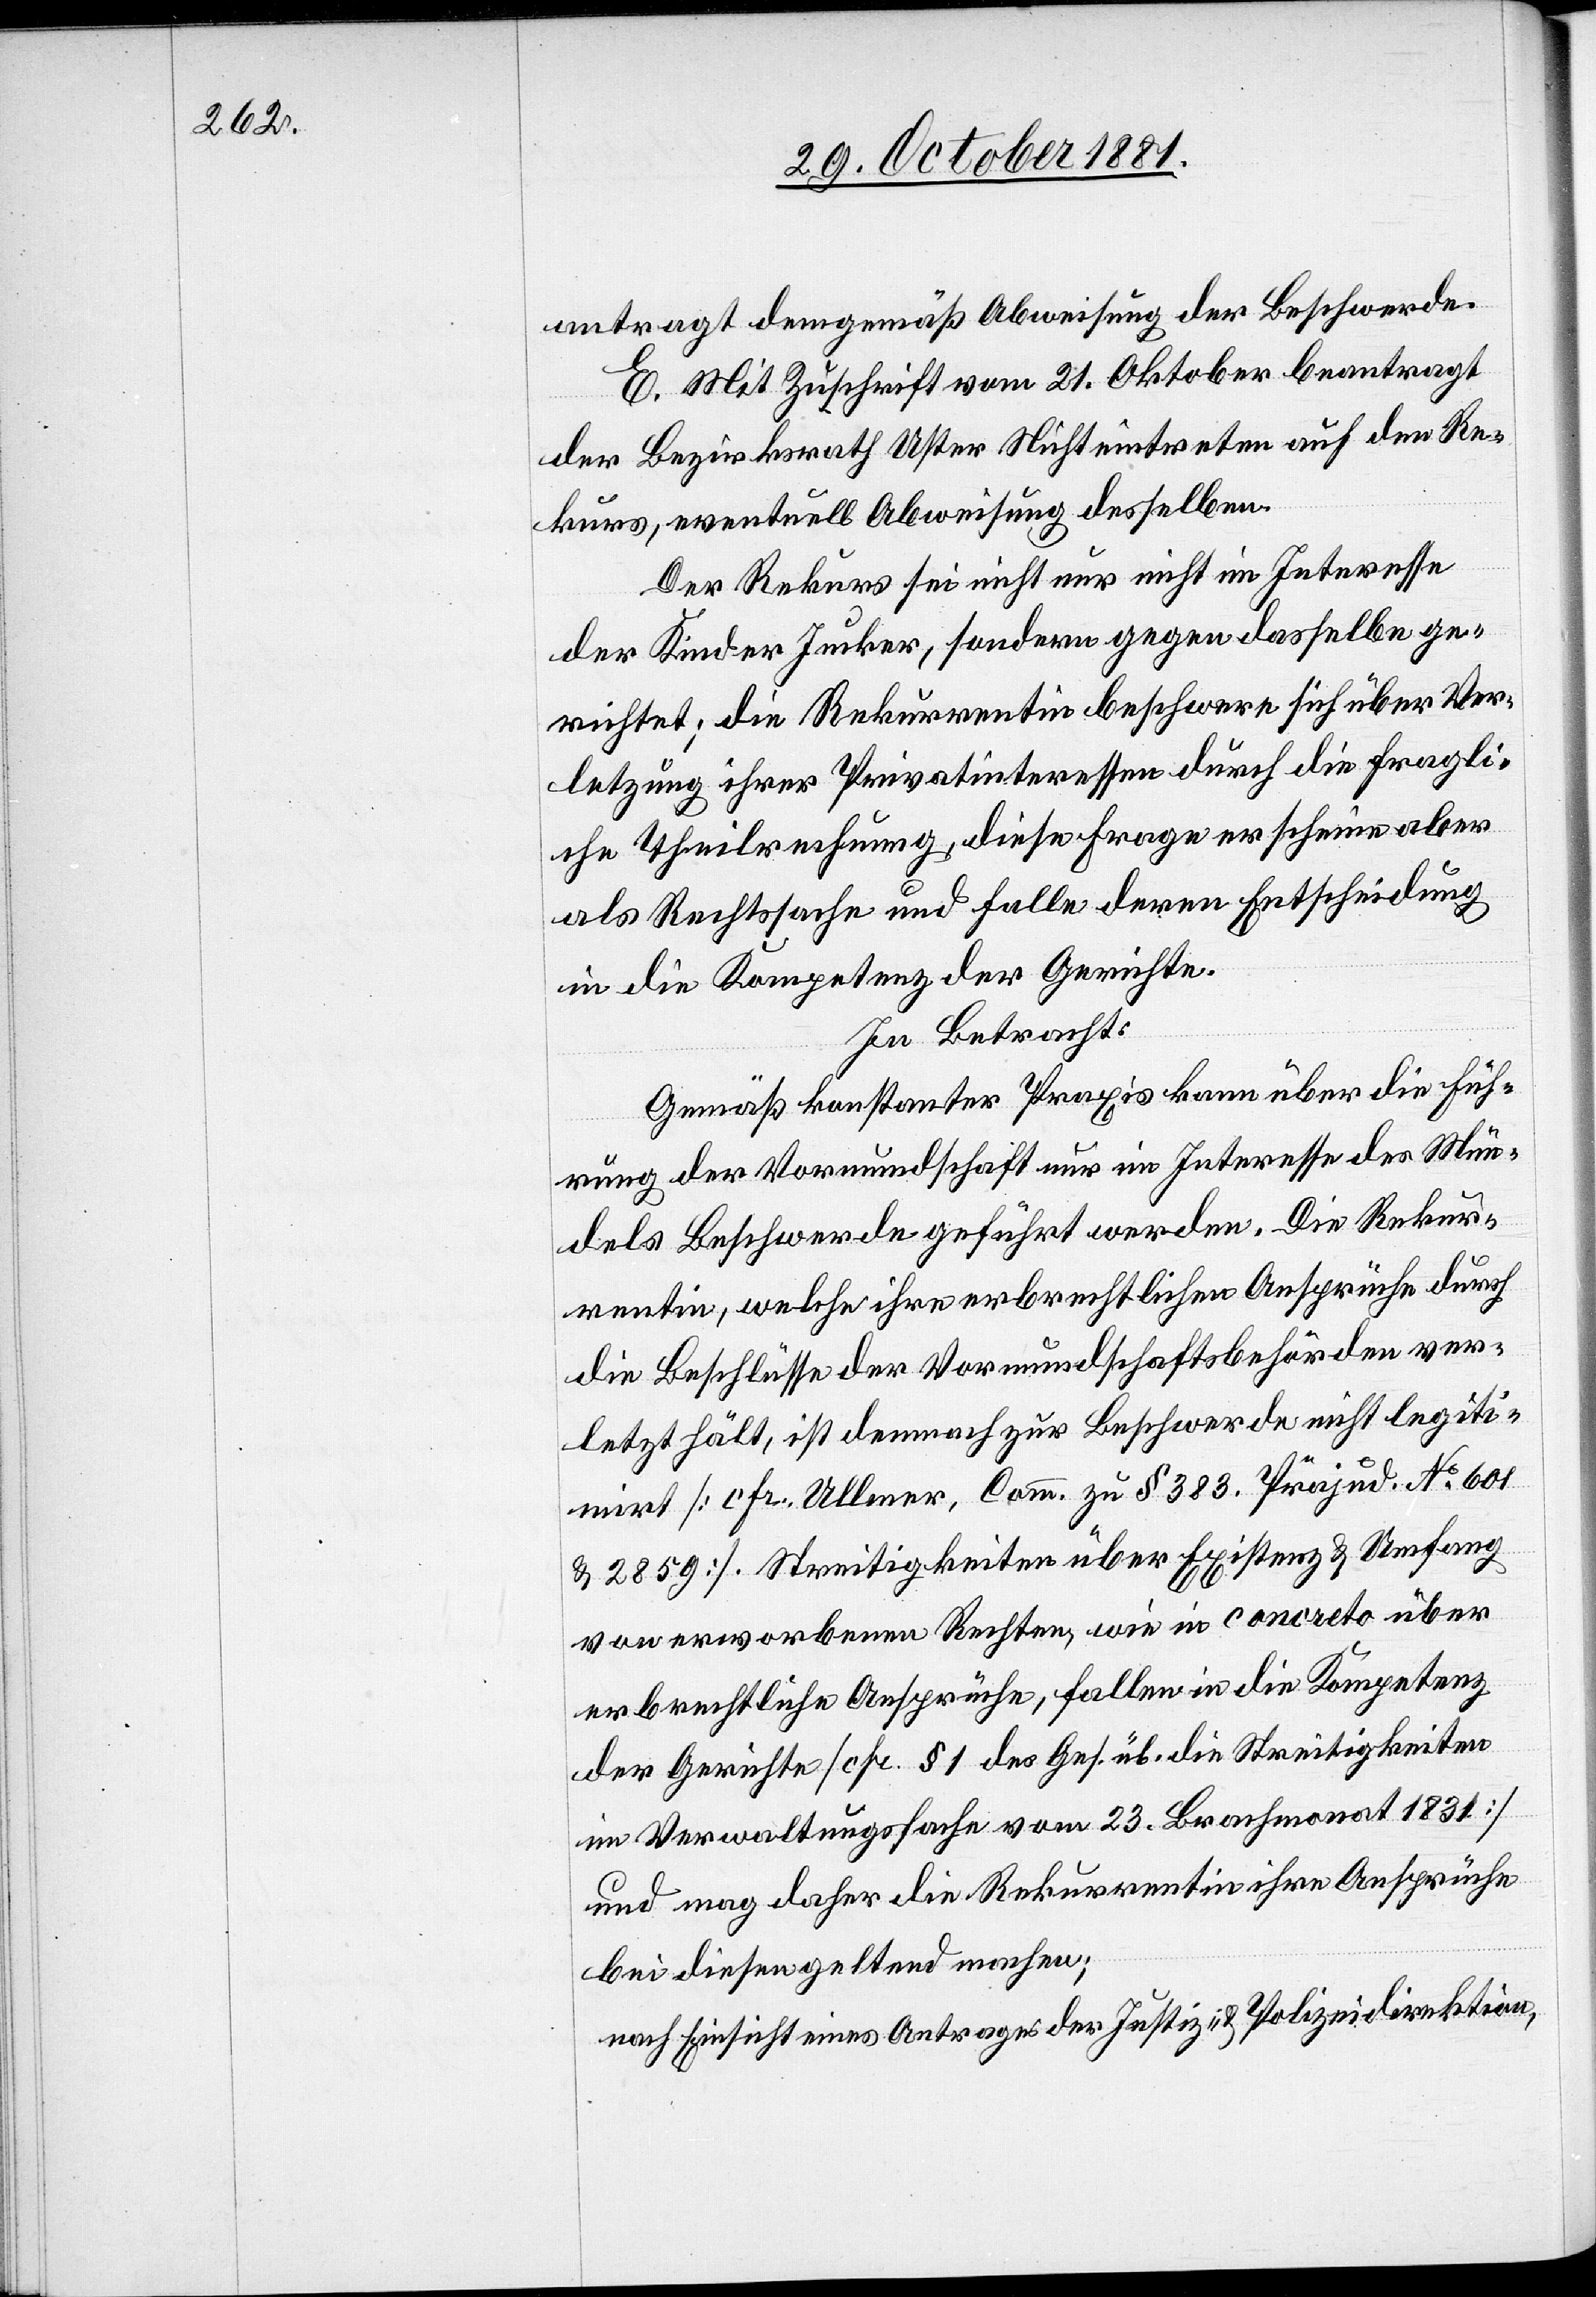
antragt demgemäß Abweisung der Beschwerde.
E. Mit Zuschrift vom 21. Oktober beantragt
der Bezirksrath Uster Nichteintreten auf den Re¬
kurs, eventuell Abweisung desselben.
Der Rekurs sei nicht nur nicht im Interesse
der Kinder Jucker, sondern gegen dasselbe ge¬
richtet; die Rekurrentin beschwere sich über Ver¬
letzung ihrer Privatinteressen durch die fragli¬
che Theilrechnung, diese Frage erscheine aber
als Rechtssache und falle deren Entscheidung
in die Kompetenz der Gerichte.
In Betracht:
Gemäß konstanter Praxis kann über die Füh¬
rung der Vormundschaft nur im Interesse des Mün¬
dels Beschwerde geführt werden. Die Rekur¬
rentin, welche ihre erbrechtlichen Ansprüche durch
die Beschlüsse der Vormundschaftsbehörden ver¬
letzt hält, ist demnach zur Beschwerde nicht legiti¬
mirt [cfr. Ullmer, Comm. zu § 383. Präjud. No 601
& 2859]. Streitigkeiten über Existenz & Umfang
von erworbenen Rechten, wie in concreto über
erbrechtliche Ansprüche, fallen in die Kompetenz
der Gerichte [cfr. § 1 des Ges. üb. die Streitigkeiten
im Verwaltungsfache vom 23. Brachmonat 1831]
und mag daher die Rekurrentin ihre Ansprüche
bei diesen geltend machen;
nach Einsicht eines Antrages der Justiz- & Polizeidirektion,